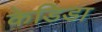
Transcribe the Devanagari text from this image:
केडिडा